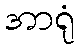
အာရုံ